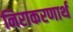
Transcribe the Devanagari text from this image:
निराकरणार्थ